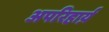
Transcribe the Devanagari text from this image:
अपरिहार्य़